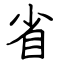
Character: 省